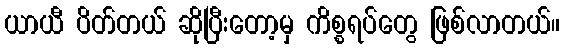
ယာယီ ပိတ်တယ် ဆိုပြီးတော့မှ ကိစ္စရပ်တွေ ဖြစ်လာတယ်။